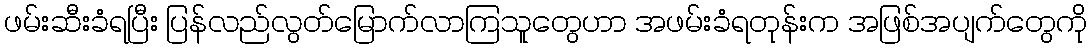
ဖမ်းဆီးခံရပြီး ပြန်လည်လွတ်မြောက်လာကြသူတွေဟာ အဖမ်းခံရတုန်းက အဖြစ်အပျက်တွေကို